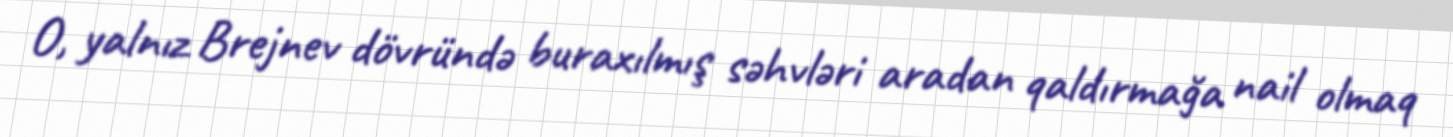
O, yalnız Brejnev dövründə buraxılmış səhvləri aradan qaldırmağa nail olmaq